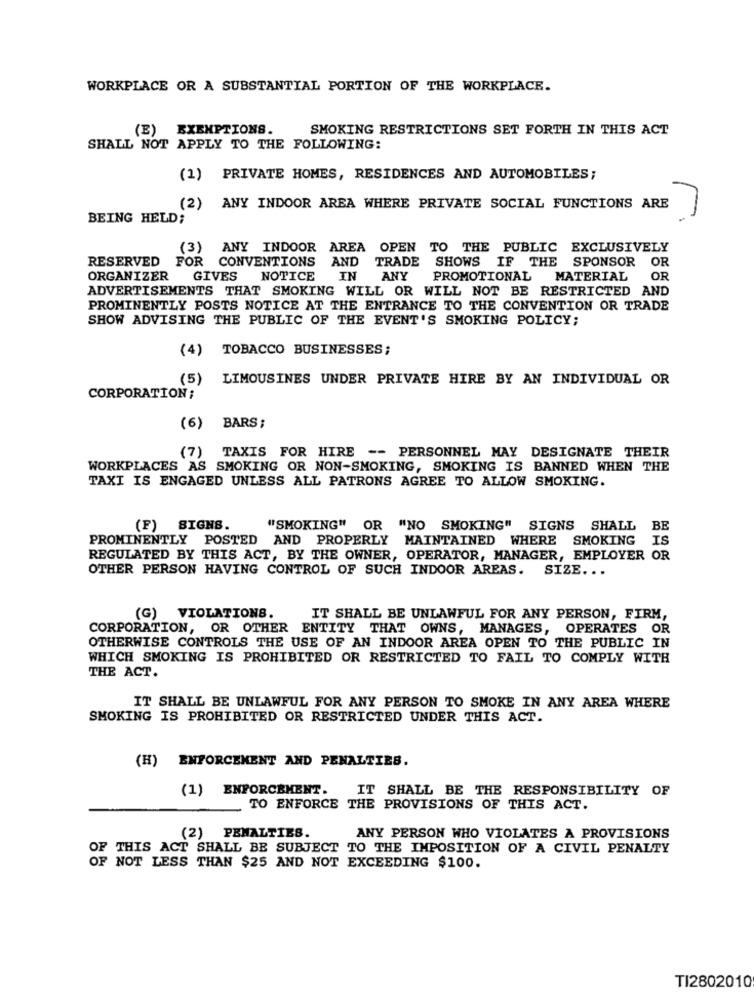
WORKPLACE OR A SUBSTANTIAL PORTION OF THE WORKPLACE.
(E) EXEMPTIONS.
SMOKING RESTRICTIONS SET FORTH IN THIS ACT
SHALL NOT APPLY TO THE FOLLOWING:
(1) PRIVATE HOMES, RESIDENCES AND AUTOMOBILES;
(2) ANY INDOOR AREA WHERE PRIVATE SOCIAL FUNCTIONS ARE
BEING HELD;
(3)
ANY INDOOR AREA OPEN TO THE PUBLIC EXCLUSIVELY
RESERVED FOR CONVENTIONS AND
TRADE SHOWS IF THE SPONSOR
OR
ORGANIZER
GIVES
NOTICE
IN
ANY
PROMOTIONAL MATERIAL
OR
ADVERTISEMENTS THAT SMOKING WILL OR WILL NOT BE RESTRICTED AND
PROMINENTLY POSTS NOTICE AT THE ENTRANCE TO THE CONVENTION OR TRADE
SHOW ADVISING THE PUBLIC OF THE EVENT'S SMOKING POLICY;
(4) TOBACCO BUSINESSES;
(5)
LIMOUSINES UNDER PRIVATE HIRE BY AN INDIVIDUAL OR
CORPORATION :
(6)
BARS ;
TAXIS FOR HIRE -- PERSONNEL MAY DESIGNATE THEIR
(7)
WORKPLACES AS SMOKING OR NON-SMOKING, SMOKING IS BANNED WHEN THE
TAXI IS ENGAGED UNLESS ALL PATRONS AGREE TO ALLOW SMOKING.
(F) SIGNS.
"SMOKING" OR "NO SMOKING"
SIGNS SHALL BE
PROMINENTLY POSTED AND PROPERLY MAINTAINED WHERE SMOKING
IS
REGULATED BY THIS ACT, BY THE OWNER, OPERATOR, MANAGER, EMPLOYER OR
OTHER PERSON HAVING CONTROL OF SUCH INDOOR AREAS. SIZE ...
(G) VIOLATIONS.
IT SHALL BE UNLAWFUL FOR ANY PERSON, FIRM,
CORPORATION, OR OTHER ENTITY THAT OWNS, MANAGES, OPERATES OR
OTHERWISE CONTROLS THE USE OF AN INDOOR AREA OPEN TO THE PUBLIC IN
WHICH SMOKING IS PROHIBITED OR RESTRICTED TO FAIL TO COMPLY WITH
THE ACT.
IT SHALL BE UNLAWFUL FOR ANY PERSON TO SMOKE IN ANY AREA WHERE
SMOKING IS PROHIBITED OR RESTRICTED UNDER THIS ACT.
(H) ENFORCEMENT AND PENALTIES.
(1) ENFORCEMENT.
IT SHALL BE THE RESPONSIBILITY OF
TO ENFORCE THE PROVISIONS OF THIS ACT.
(2) PENALTIES.
ANY PERSON WHO VIOLATES A PROVISIONS
OF THIS ACT SHALL BE SUBJECT TO THE IMPOSITION OF A CIVIL PENALTY
OF NOT LESS THAN $25 AND NOT EXCEEDING $100.
TI2802010